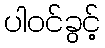
ပါဝင်ခွင့်